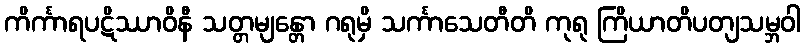
ကိင်္ကာရပဋိဿာဝိနီ သတ္တမျန္တော ဂရုမှိ သင်္ကာသေတီတိ ကုရု ကြိယာတိပတျသမ္ဘဝါ